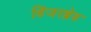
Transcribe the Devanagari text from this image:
डिंजरब्रेड